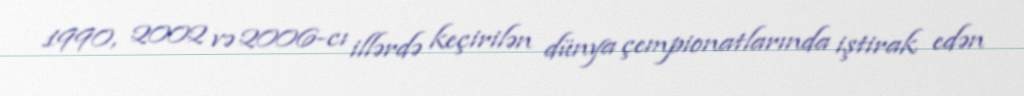
1990, 2002 və 2006-cı illərdə keçirilən dünya çempionatlarında iştirak edən